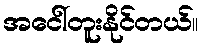
အငေါ်တူးနိုင်တယ်။